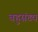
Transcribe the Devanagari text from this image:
बहुसंख्‍य